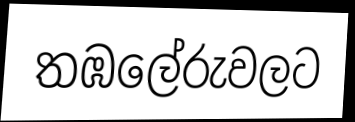
තඹලේරුවලට